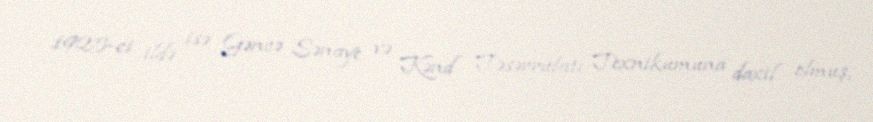
1925-ci ildə isə Gəncə Sənaye və Kənd Təsərrüfatı Texnikumuna daxil olmuş,